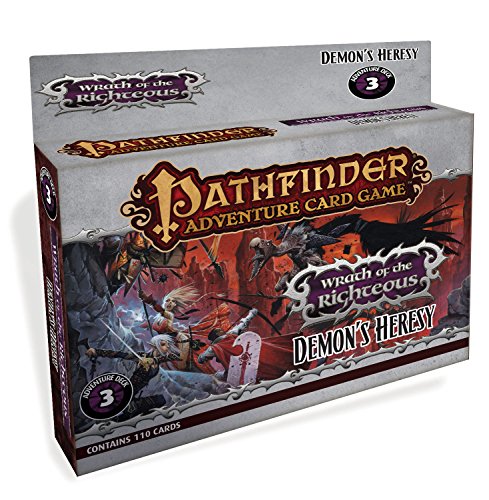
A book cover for Pathfinder Adventure Card Game: Wrath of the Righteous Adventure Deck 3 - Demon's Heresy; Mike Selinker; Science Fiction & Fantasy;